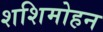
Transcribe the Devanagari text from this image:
शशिमोहन